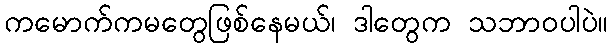
ကမောက်ကမတွေဖြစ်နေမယ်၊ ဒါတွေက သဘာဝပါပဲ။